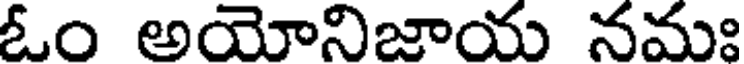
ఓం అయోనిజాయ నమః